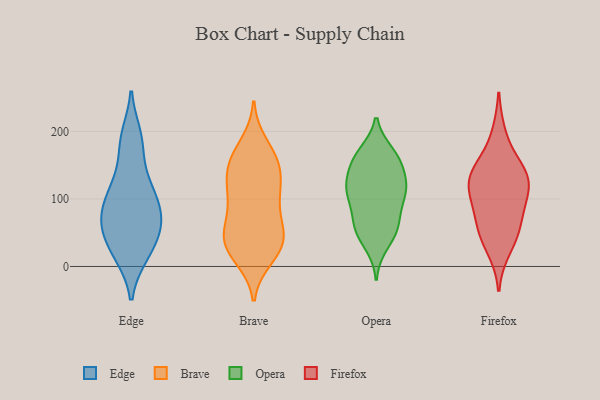
{"axis": {"x": "Headcount", "y": "Value"}, "legend": ["Brave", "Edge", "Firefox", "Opera"], "data": [{"x": "", "y": 132, "type": "Edge"}, {"x": "", "y": 58, "type": "Edge"}, {"x": "", "y": 57, "type": "Edge"}, {"x": "", "y": 193, "type": "Edge"}, {"x": "", "y": 18, "type": "Edge"}, {"x": "", "y": 181, "type": "Edge"}, {"x": "", "y": 47, "type": "Edge"}, {"x": "", "y": 78, "type": "Edge"}, {"x": "", "y": 17, "type": "Edge"}, {"x": "", "y": 103, "type": "Edge"}, {"x": "", "y": 110, "type": "Edge"}, {"x": "", "y": 82, "type": "Edge"}, {"x": "", "y": 39, "type": "Brave"}, {"x": "", "y": 36, "type": "Brave"}, {"x": "", "y": 64, "type": "Brave"}, {"x": "", "y": 180, "type": "Brave"}, {"x": "", "y": 153, "type": "Brave"}, {"x": "", "y": 102, "type": "Brave"}, {"x": "", "y": 161, "type": "Brave"}, {"x": "", "y": 65, "type": "Brave"}, {"x": "", "y": 33, "type": "Brave"}, {"x": "", "y": 156, "type": "Brave"}, {"x": "", "y": 14, "type": "Brave"}, {"x": "", "y": 135, "type": "Brave"}, {"x": "", "y": 113, "type": "Brave"}, {"x": "", "y": 109, "type": "Brave"}, {"x": "", "y": 50, "type": "Brave"}, {"x": "", "y": 103, "type": "Brave"}, {"x": "", "y": 149, "type": "Brave"}, {"x": "", "y": 21, "type": "Brave"}, {"x": "", "y": 32, "type": "Brave"}, {"x": "", "y": 72, "type": "Opera"}, {"x": "", "y": 52, "type": "Opera"}, {"x": "", "y": 32, "type": "Opera"}, {"x": "", "y": 110, "type": "Opera"}, {"x": "", "y": 168, "type": "Opera"}, {"x": "", "y": 133, "type": "Opera"}, {"x": "", "y": 110, "type": "Opera"}, {"x": "", "y": 61, "type": "Opera"}, {"x": "", "y": 103, "type": "Opera"}, {"x": "", "y": 161, "type": "Opera"}, {"x": "", "y": 147, "type": "Opera"}, {"x": "", "y": 120, "type": "Opera"}, {"x": "", "y": 66, "type": "Opera"}, {"x": "", "y": 115, "type": "Opera"}, {"x": "", "y": 156, "type": "Opera"}, {"x": "", "y": 49, "type": "Opera"}, {"x": "", "y": 165, "type": "Opera"}, {"x": "", "y": 107, "type": "Opera"}, {"x": "", "y": 55, "type": "Firefox"}, {"x": "", "y": 136, "type": "Firefox"}, {"x": "", "y": 97, "type": "Firefox"}, {"x": "", "y": 138, "type": "Firefox"}, {"x": "", "y": 124, "type": "Firefox"}, {"x": "", "y": 92, "type": "Firefox"}, {"x": "", "y": 48, "type": "Firefox"}, {"x": "", "y": 132, "type": "Firefox"}, {"x": "", "y": 196, "type": "Firefox"}, {"x": "", "y": 25, "type": "Firefox"}, {"x": "", "y": 61, "type": "Firefox"}, {"x": "", "y": 151, "type": "Firefox"}, {"x": "", "y": 109, "type": "Firefox"}]}